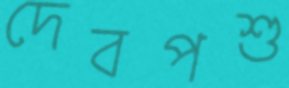
দেবপশু